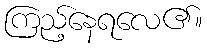
ကြည့်နေရလေ၏။